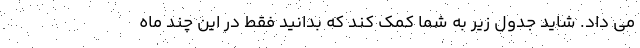
می داد. شاید جدول زیر به شما کمک کند که بدانید فقط در این چند ماه